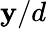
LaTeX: \mathbf{y}/d